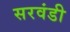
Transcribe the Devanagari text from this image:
सरवंडी